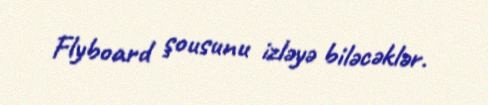
Flyboard şousunu izləyə biləcəklər.